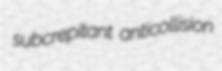
subcrepitant anticollision